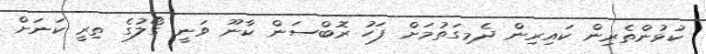
ކުޅުންތެރިން ކައިރިން ދެމިގަތުމަށް ފަހު ރޮބްސަން ކާނޫ ވަނީ ގޯލުގެ ތިރީ ކަނަށް